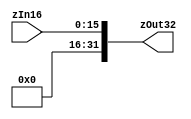
`timescale 1 ps / 100 fs

module zero_extend(zOut32,zIn16);
output [31:0] zOut32;
input [15:0] zIn16;
assign zOut32 = {{16{1'b0}},zIn16};
endmodule